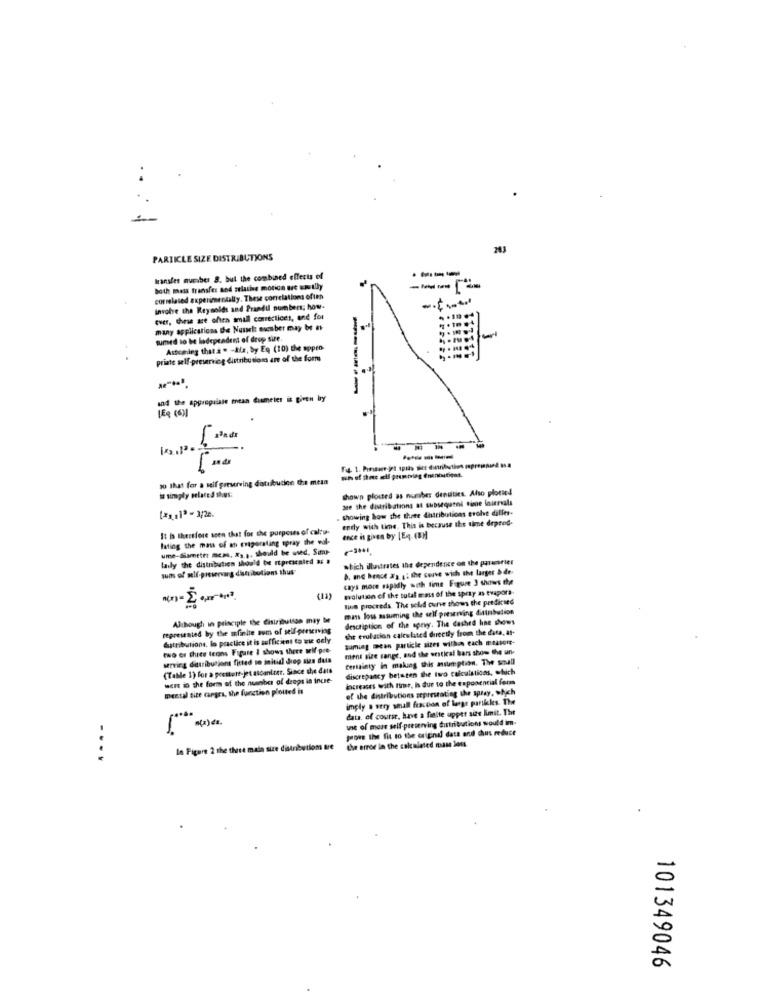
..
PARTICLE SIZE DISTRIBUTIONS
----
Iransles number 8. but the combined effects of
both mass transfer and selathe motion ere EmLly
correlated experimentally. These correlations often
involve the Reynolds and Prandil numbers; how.
quer, these are often small correctices, and for
many applications the Nusset: micsber may be ev
sumed to be ladependent of drop sift
Astemning that a . - tis, by Eg (10) the sppro
priate self-preservice distribution are of the form
------
and the appropriate mean dumeter is given by
LER (6]
---
100 that for a seif geeserving datuibution the meta
I simply pelated thus:
shown plouted as number denuities. Also plotted
see the distribations at subsequeni time Inurvals
showing how the there distributions evolve diller.
endy wich time. This is because the time depend-
It is therefore ssen that for the purposes of caltu-
lating the mass of an eraporating spray the wol-
ence is given by (Eq- (BM
ume-diameter mcas, # ,.,, should be used. Sime-
laily the distribution should be represented & #
which illustrates the dependence on the partesries
Wos of self-preservarg distributions thus
B. c hence 2') ;; the cove wich the larger & de-
cays more sapidly with time Figure 3 shows the
evolution of the tutal mass of the spray as evapora.
the proceeds. The seld curve shows the predicted
mans loss assuming the self preserving distribution
Although in principle the distribution may be
description of the spewy. The dashed line shows
represented by the mfinite sum of self-preserving
the evulation calculated directly from the data, at-
dutributions, lo practice it is sufficient to wie caly
saming mean particle sizes within each meatott-
two or three terns Figare I shows there self-pre-
mens size sange, and the westical bars show the un
serving distributions fitted so initial drop sie duta
Certainty in making this assumption. The small
(Table 1) for a poettere-jet ascanirer. Since the dats
discrepancy between the two calculsticos, which
were io the form of the number of drops is inue-
increases with tirar, is due to the exponencial form
mental size cargra, the function plotted is
of the distributions seprestatieg the spray, which
imply a very small fraction of large particles. The
data. of course, have a finite upper size limit. The
use of mass self-preserving distributions would im.
=
prove the fit to the original data and chus reduce
the error in the calculated mas Jons.
In Figure 2 the three mala size distribution we
....
101349046